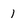
Character: 1